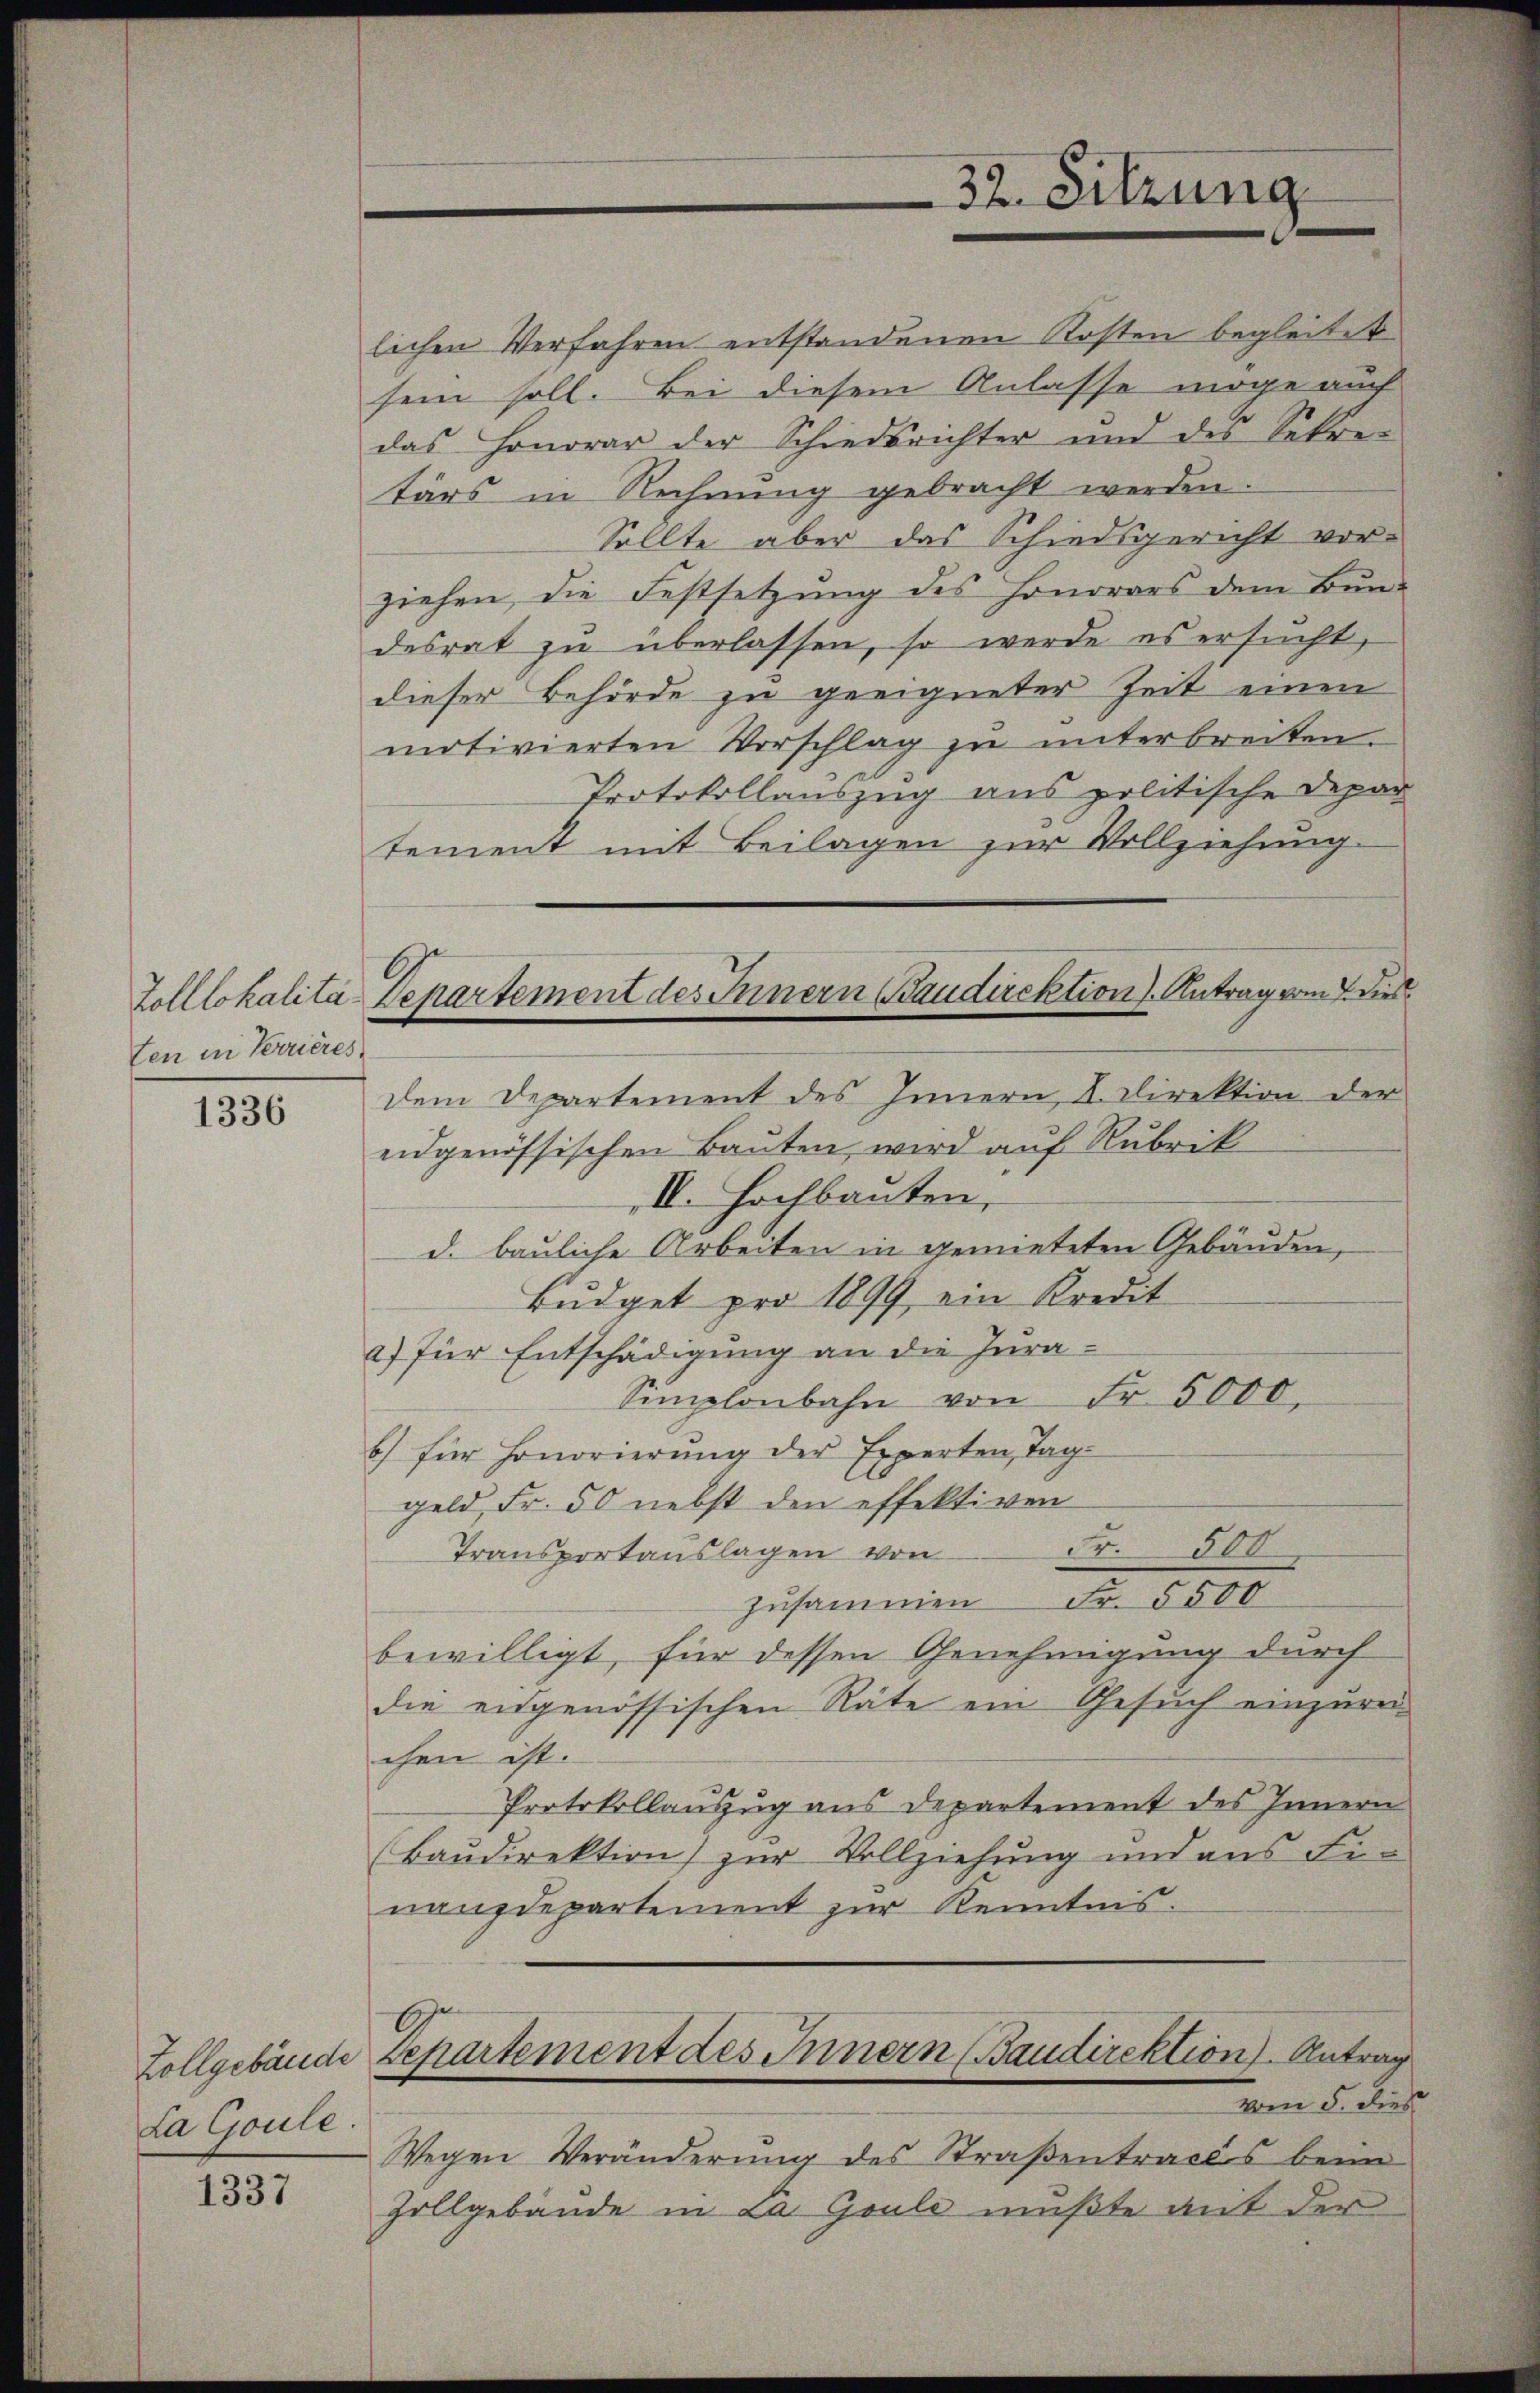
ten in Terrieres

1336

1337

La Goule

lichen Verfahren entstandenen Kosten begleitet
sein soll. Bei diesem Anlasse möge auch
das Honorar der Schiedsrichter und des Sekretärs in Rechnung gebracht werden.
Sollte aber das Schiedsgericht vorziehen, die Festsetzung des Honorars dem Bun-
desrat zu überlassen, so werde es ersucht,
dieser Behörde zu geeigneter Zeit einen
motivierten Vorschlag zu unterbreiten.
Protokollauszug aus politische Depar
tement mit Beilagen zur Vollziehung.
dem Departement des Innern, II. Direktion der
eidgenössischen Bauten, wird auf Rubrik
II. Hochbauten.
d. bauliche Arbeiten in gemieteten Gebäuden,
Budget pro 1899, ein Kredit
a) für Entschädigung an die Jura¬
Simplonbahn von Fr. 5000.
b) für Honorierung der Experten Tag
geld, Fr. 50 nebst den effektiven
Fr. 500
Transportauslagen von
zusammen Fr. 5500
bewilligt, für dessen Genehmigung durch
die eidgenössischen Räte ein Gesuch einzureichen ist.
Protokollauszug aus Departement des Innern
Baŭdirektion) zur Vollziehung und aus Finanzdepartement zur Kenntnis.
Zollgebäude Departement des Innern (Baudirektion). Antrag
vom 5. dies
Wegen Veränderung des Straβentracts beim
Zollgebäude in La Goulos mußte mit der

32. Sitzung

Zolllokalita-Departement des Innern Baudirektion J. Antrag vom 7. dies